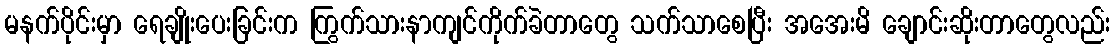
မနက်ပိုင်းမှာ ရေချိုးပေးခြင်းက ကြွက်သားနာကျင်ကိုက်ခဲတာတွေ သက်သာစေပြီး အအေးမိ ချောင်းဆိုးတာတွေလည်း